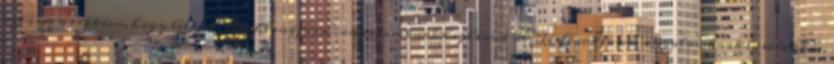
azt írja a cikkben, hogy létezik "Hochlandform" angolosoknak:highland és "Tieflandform" angolosoknak:lowland is,